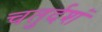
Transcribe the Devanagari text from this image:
चतुर्दशं